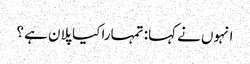
انہوں نے کہا: تمہارا کیا پلان ہے ؟